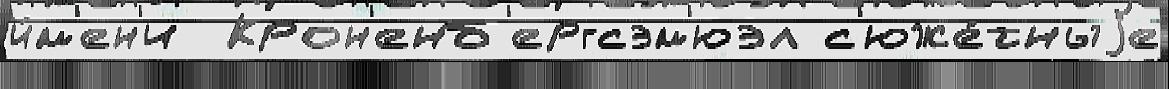
и́м'ен'и  Крон'енб'ергсэм'юэл с'юже́тныjе